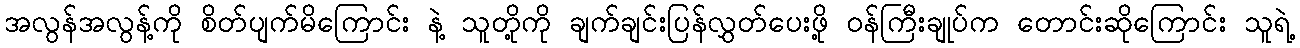
အလွန်အလွန့်ကို စိတ်ပျက်မိကြောင်း နဲ့ သူတို့ကို ချက်ချင်းပြန်လွှတ်ပေးဖို့ ဝန်ကြီးချုပ်က တောင်းဆိုကြောင်း သူရဲ့